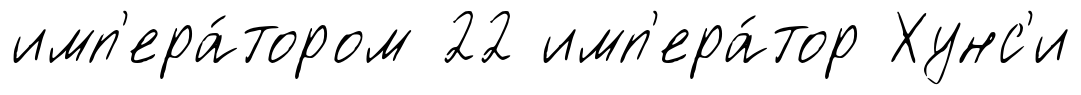
имп'ера́тором 22 имп'ера́тор Хунс'и